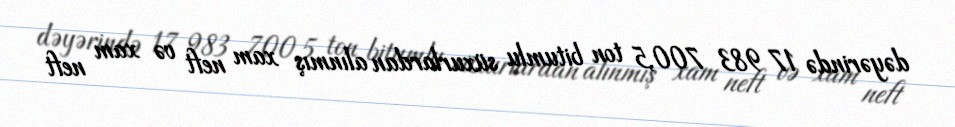
dəyərində 17 983 700,5 ton bitumlu süxurlardan alınmış xam neft və xam neft